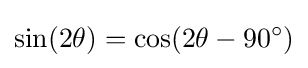
\sin(2\theta )=\cos(2\theta -90^{\circ })